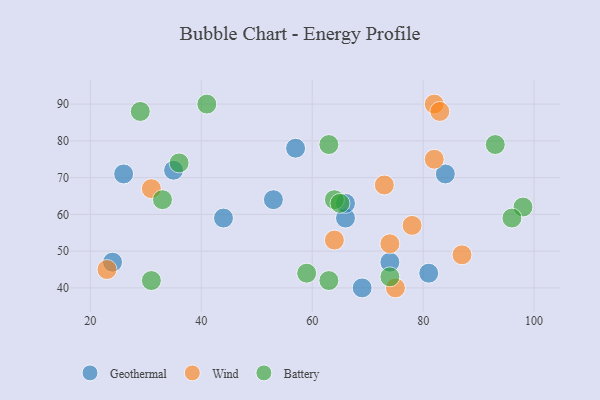
{"axis": {"x": "GDP", "y": "Life Expectancy"}, "legend": ["Battery", "Geothermal", "Wind"], "data": [{"x": "84", "y": 71, "type": "Geothermal"}, {"x": "26", "y": 71, "type": "Geothermal"}, {"x": "66", "y": 59, "type": "Geothermal"}, {"x": "74", "y": 47, "type": "Geothermal"}, {"x": "35", "y": 72, "type": "Geothermal"}, {"x": "44", "y": 59, "type": "Geothermal"}, {"x": "53", "y": 64, "type": "Geothermal"}, {"x": "66", "y": 63, "type": "Geothermal"}, {"x": "81", "y": 44, "type": "Geothermal"}, {"x": "69", "y": 40, "type": "Geothermal"}, {"x": "57", "y": 78, "type": "Geothermal"}, {"x": "24", "y": 47, "type": "Geothermal"}, {"x": "87", "y": 49, "type": "Wind"}, {"x": "78", "y": 57, "type": "Wind"}, {"x": "31", "y": 67, "type": "Wind"}, {"x": "23", "y": 45, "type": "Wind"}, {"x": "74", "y": 52, "type": "Wind"}, {"x": "64", "y": 53, "type": "Wind"}, {"x": "82", "y": 90, "type": "Wind"}, {"x": "83", "y": 88, "type": "Wind"}, {"x": "82", "y": 75, "type": "Wind"}, {"x": "75", "y": 40, "type": "Wind"}, {"x": "73", "y": 68, "type": "Wind"}, {"x": "64", "y": 64, "type": "Battery"}, {"x": "63", "y": 79, "type": "Battery"}, {"x": "93", "y": 79, "type": "Battery"}, {"x": "98", "y": 62, "type": "Battery"}, {"x": "59", "y": 44, "type": "Battery"}, {"x": "29", "y": 88, "type": "Battery"}, {"x": "36", "y": 74, "type": "Battery"}, {"x": "33", "y": 64, "type": "Battery"}, {"x": "65", "y": 63, "type": "Battery"}, {"x": "96", "y": 59, "type": "Battery"}, {"x": "63", "y": 42, "type": "Battery"}, {"x": "74", "y": 43, "type": "Battery"}, {"x": "31", "y": 42, "type": "Battery"}, {"x": "41", "y": 90, "type": "Battery"}]}